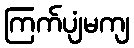
ကြက်ပျံမကျ